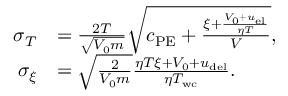
\begin{array} { r l } { \sigma _ { T } } & { = \frac { 2 T } { \sqrt { V _ { 0 } m } } \sqrt { c _ { \mathrm { P E } } + \frac { \xi + \frac { V _ { 0 } + u _ { \mathrm { e l } } } { \eta T } } { V } } , } \\ { \sigma _ { \xi } } & { = \sqrt { \frac { 2 } { V _ { 0 } m } } \frac { \eta T \xi + V _ { 0 } + u _ { \mathrm { d e l } } } { \eta T _ { \mathrm { w c } } } . } \end{array}